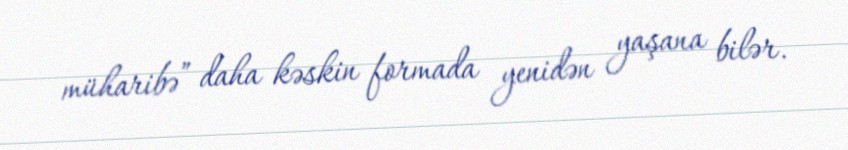
müharibə” daha kəskin formada yenidən yaşana bilər.